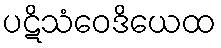
ပဋိသံဝေဒိယေထ